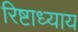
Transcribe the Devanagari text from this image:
रिष्टाध्याय